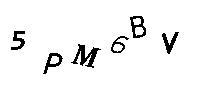
5PM6BV